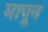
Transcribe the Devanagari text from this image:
मापून